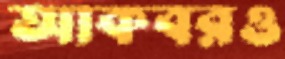
আকবরও